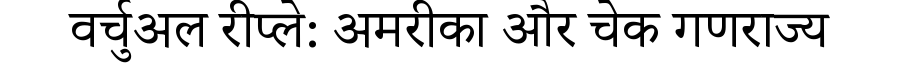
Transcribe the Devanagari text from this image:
वर्चुअल रीप्ले: अमरीका और चेक गणराज्य